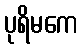
ပုရိမကေ